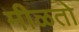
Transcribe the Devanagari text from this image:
मीळतो